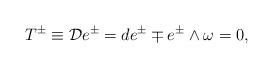
LaTeX: \begin{align*} T^{\pm} \equiv {\cal D} e^{\pm} = d e^{\pm} \mp e^{\pm} \wedge \omega = 0 ,\end{align*}